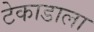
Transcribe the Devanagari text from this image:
टेकाडाला